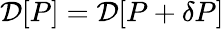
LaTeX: {\cal D}[P]={\cal D}[P+\delta P]